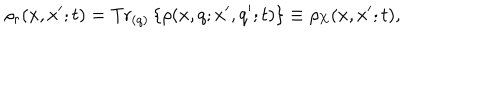
\rho _ { r } ( x , x ^ { \prime } ; t ) = \mathrm { T r } _ { ( q ) } \left\{ \rho ( x , q ; x ^ { \prime } , q ^ { \prime } ; t ) \right\} \equiv \rho _ { \mathrm { X } } ( x , x ^ { \prime } ; t ) ,